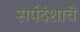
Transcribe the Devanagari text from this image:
सर्पदंशाचे